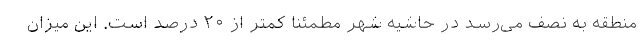
منطقه به نصف می‌رسد در حاشیه شهر مطمئنا کمتر از ۲۰ درصد است. این میزان